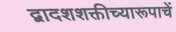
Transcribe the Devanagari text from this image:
द्वादशशक्तीच्यारूपाचें